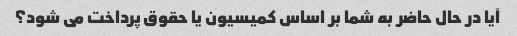
آیا در حال حاضر به شما بر اساس کمیسیون یا حقوق پرداخت می شود؟